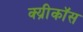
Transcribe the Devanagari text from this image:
क्य्रीकॉस